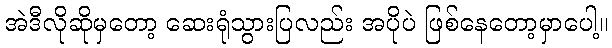
အဲဒီလိုဆိုမှတော့ ဆေးရုံသွားပြလည်း အပိုပဲ ဖြစ်နေတော့မှာပေါ့။